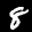
Label: 8